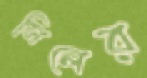
সিলের